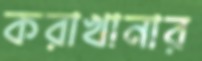
করাখানার